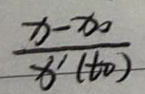
$\frac{x - x_0}{f'(t_0)}$